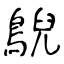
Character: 鶃